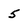
Character: 5